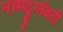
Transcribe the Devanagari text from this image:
नामदुर्गावती